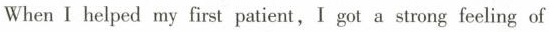
When I helped my first paticnt,I got a strong feeling of